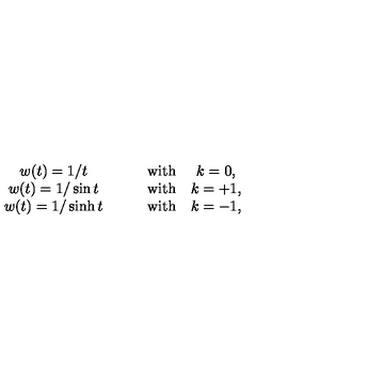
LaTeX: \begin{array} { c c c c } { w ( t ) = 1 / t } & { \quad } & { \mathrm { w i t h } } & { k = 0 , } \\ { w ( t ) = 1 / \sin t } & { \quad } & { \mathrm { w i t h } } & { k = + 1 , } \\ { w ( t ) = 1 / \sinh t } & { \quad } & { \mathrm { w i t h } } & { k = - 1 , } \\ \end{array}